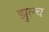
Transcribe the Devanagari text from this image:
झुल्च